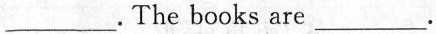
___.The books are ___.